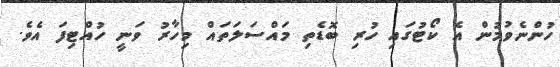
ހުންނެވުމުން އެ ކޯޓުގައި ހުރި ބޮޑެތި މައްސަލަތައް މިހާރު ވަނީ ހުއްޓިފަ އެވެ.